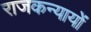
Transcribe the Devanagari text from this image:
राजकन्यायों